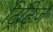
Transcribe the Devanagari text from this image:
ट्रिटिज